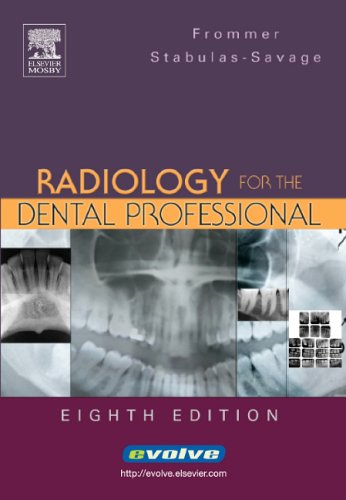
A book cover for Radiology for the Dental Professional, 8e; Herbert H. Frommer; Medical Books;